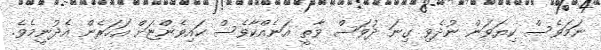
ނަމަވެސް ކިޔަވަން ނުދެވި ގިނަ ދުވަސް ވާތީ އަނެއްކާވެސް ކައިވެންޏަށް އަހަރެން އެދުނީމެވެ.